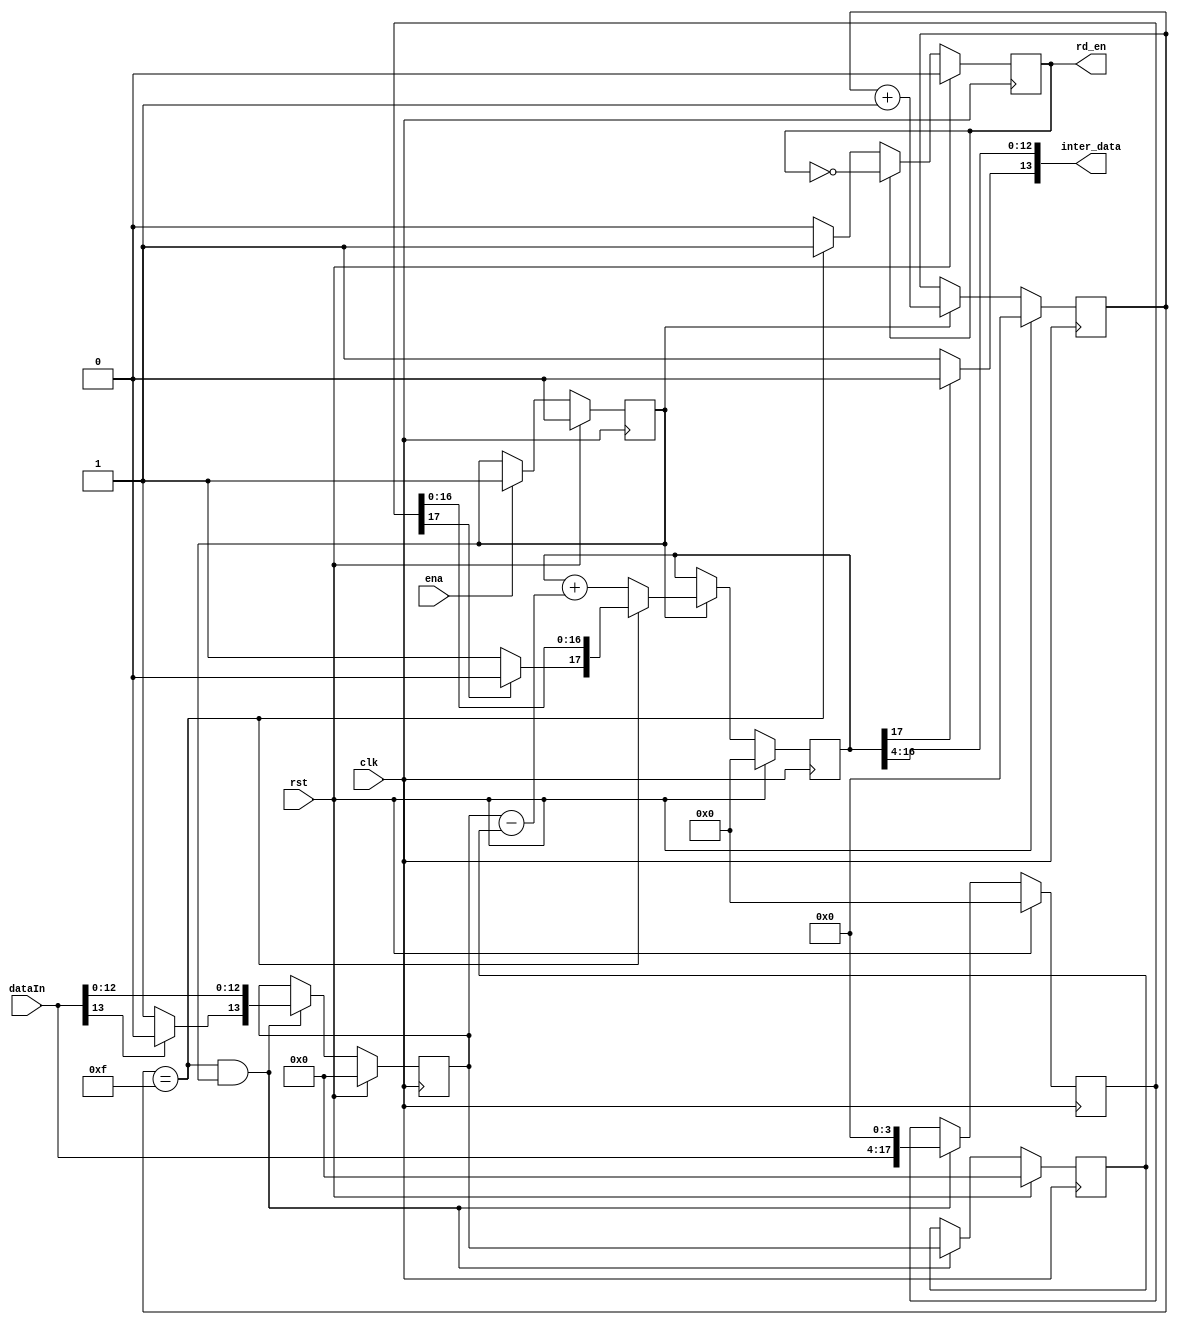
`timescale 1ns / 1ps
//////////////////////////////////////////////////////////////////////////////////
// Company: 
// Engineer: 
// 
// Design Name: 
// Module Name: INTERPOLATION
// Project Name: 
// Target Devices: 
// Tool Versions: 
// Description: 
// 
// Dependencies: 
// 
// Revision:
// Revision 0.01 - File Created
// Additional Comments:
// 
//////////////////////////////////////////////////////////////////////////////////

module INTERPOLATION#(
    parameter SAMPLE_RATE = 4,
    parameter DATA_WIDTH = 14
    )
    (
    input clk,
    input rst,
    input ena, // fifoabove half, above half  rst_done
    output reg rd_en,
    input[DATA_WIDTH-1:0] dataIn, // unsigned type
    output [DATA_WIDTH-1:0] inter_data // unsigned type
    );

    reg[SAMPLE_RATE-1:0] us_counter;

    reg rst_done;

    reg signed[DATA_WIDTH-1:0] predata;
    reg signed[DATA_WIDTH-1:0] latdata;
    reg [DATA_WIDTH-1+SAMPLE_RATE:0] latdata_ext;
    reg signed[DATA_WIDTH-1+SAMPLE_RATE:0] s_data_ext; //
    // wire[DATA_WIDTH-1:0] interval;
    wire signed[DATA_WIDTH:0] interval;

    wire h_bit;
    // 
    assign h_bit = (s_data_ext[DATA_WIDTH-1+SAMPLE_RATE] == 1) ? 1'b0 : 1'b1;
    assign inter_data = { h_bit, s_data_ext[DATA_WIDTH-2+SAMPLE_RATE:SAMPLE_RATE]};

    // datain to signed data in
    wire dataIn_hbit;
    wire signed[DATA_WIDTH-1:0] s_dataIn;
    assign dataIn_hbit = (dataIn[DATA_WIDTH-1] == 1) ? 1'b0 : 1'b1;
    assign s_dataIn = {dataIn_hbit, dataIn[DATA_WIDTH-2:0]};

    always @(posedge clk) begin
        if(rst) begin
            rst_done = 0;
        end
        else if(ena) begin
            rst_done = 1;
        end
    end


    always @(posedge clk) begin
        if(rst) begin
            us_counter <= 0;
        end
        else if(rst_done) begin
            us_counter <= us_counter + 1;
        end
    end


    always @(posedge clk) begin
        if(rst) begin
            rd_en <= 0;
        end
        else if(rd_en == 1)
            rd_en <= ~rd_en;
        else if((us_counter == (1<<SAMPLE_RATE) - 1))
            rd_en <= 1;
    end


    always @(posedge clk) begin
        if(rst) begin
            predata <= 0;
            latdata <= 0;
            latdata_ext <= 0;
        end
        else if((us_counter == ((1<<SAMPLE_RATE) - 1)) && rst_done) begin//(2<<SAMPLE_RATE)
            predata <= latdata;
            latdata <= s_dataIn; // signed 
            latdata_ext <= { dataIn , {(SAMPLE_RATE){1'b0}}}; //
        end
    end
    // latdata convert to signed data for interpolation
    wire latdata_hbit;
    wire [DATA_WIDTH-1+SAMPLE_RATE:0] s_latdata_ext;
    assign latdata_hbit = (latdata_ext[DATA_WIDTH-1+SAMPLE_RATE] == 1) ? 1'b0 : 1'b1;
    assign s_latdata_ext = {latdata_hbit, latdata_ext[DATA_WIDTH-2+SAMPLE_RATE:0] };


    assign interval = (latdata - predata);

    always @(posedge clk) begin
        if(rst) begin
            s_data_ext <= 0;
        end
        else if(rst_done) begin
            if(us_counter == ((1<<SAMPLE_RATE) - 1))
                s_data_ext <= s_latdata_ext;
            else
                s_data_ext <= s_data_ext + interval;
        end
    end

endmodule